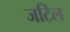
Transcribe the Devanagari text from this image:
जटिल